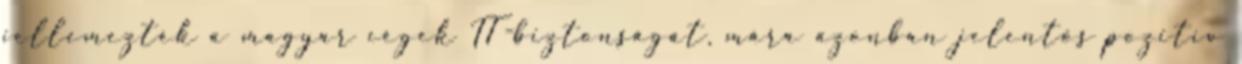
jellemezték a magyar cégek IT-biztonságát, mára azonban jelentős pozitív